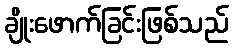
ချိုးဖောက်ခြင်းဖြစ်သည်